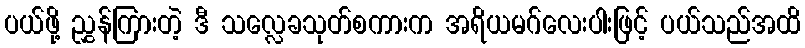
ပယ်ဖို့ ညွှန်ကြားတဲ့ ဒီ သလ္လေခသုတ်စကားက အရိယမဂ်လေးပါးဖြင့် ပယ်သည်အထိ